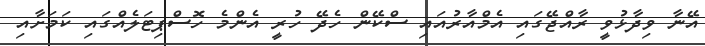
އޭނާ ވިދާޅުވީ ރާއްޖޭގައި އެމްއާރުއައި ސްކޭން ހެދޭ ހުރީ އެންމެ ހޮސްޕިޓަލެެއްގައި ކަމަށާއި